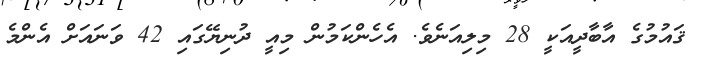
ޤައުމުގެ އާބާދީއަކީ 28 މިލިއަނެވެ. އެހެންކަމުން މިއީ ދުނިޔޭގައި 42 ވަނައަށް އެންމެ